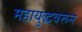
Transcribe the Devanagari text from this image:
महायुद्धवरून